Scottish Leaving Certificate Examination, 1960
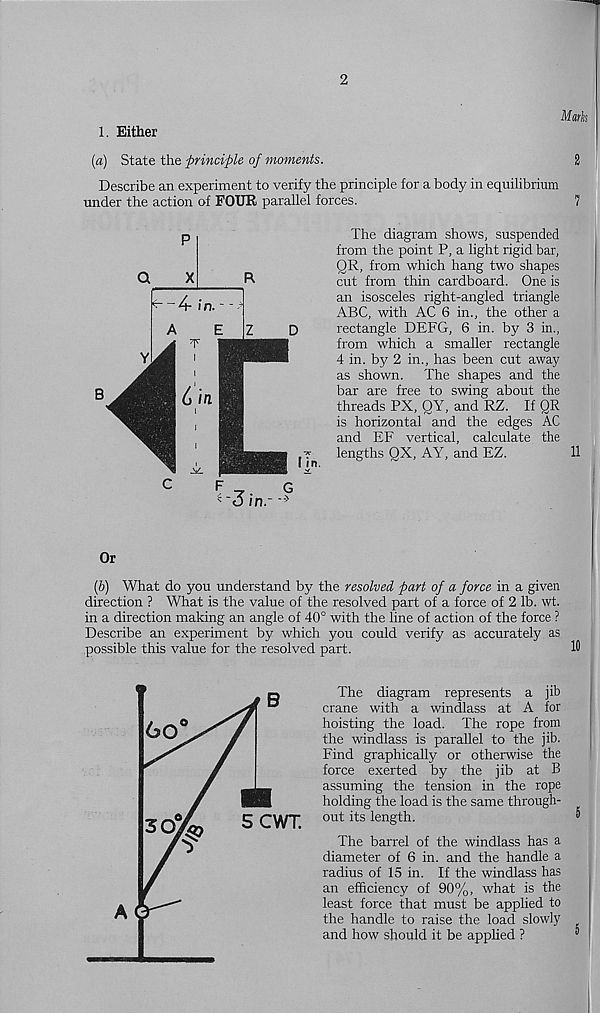
2
1. Either
(a) State the principle of moments.
2
Describe an experiment to verify the principle for a body in equilibrium
under the action of FOUR parallel forces.
7
The diagram shows, suspended
from the point P, a light rigid bar,
QR, from which hang two shapes
cut from thin cardboard. One is
an isosceles right-angled triangle
ABC, with AC 6 in., the other a
rectangle DEFG, 6 in. by 3 in.,
from which a smaller rectangle
4 in. by 2 in., has been cut away
as shown. The shapes and the
bar are free to swing about the
threads PX, QY, and RZ. If QR
is horizontal and the edges AC
and EF vertical, calculate the
lengths QX, AY, and EZ.
11
Or
(b) What do you understand by the resolved part of a force in a given
direction ? What is the value of the resolved part of a force of 2 lb. wt.
in a direction making an angle of 40° with the line of action of the force ?
Describe an experiment by which you could verify as accurately as
possible this value for the resolved part.
10
The diagram represents a jib
crane with a windlass at A for
hoisting the load. The rope from
the windlass is parallel to the jib.
Find graphically or otherwise the
force exerted by the jib at B
assuming the tension in the rope
holding the load is the same through-
out its length.
The barrel of the windlass has a
diameter of 6 in. and the handle a
radius of 15 in. If the windlass has
an efficiency of 90%, what is the
least force that must be applied to
the handle to raise the load slowly
and how should it be applied ?
5